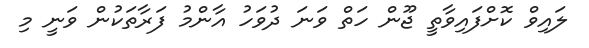
ލައިވް ކޮށްފައިވާތީ ޖޫން ހަތް ވަނަ ދުވަހު އާންމު ފަރާތަކުން ވަނީ މި